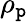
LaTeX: \rho_{\mathtt{p}}